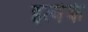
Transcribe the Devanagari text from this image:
इत्येके